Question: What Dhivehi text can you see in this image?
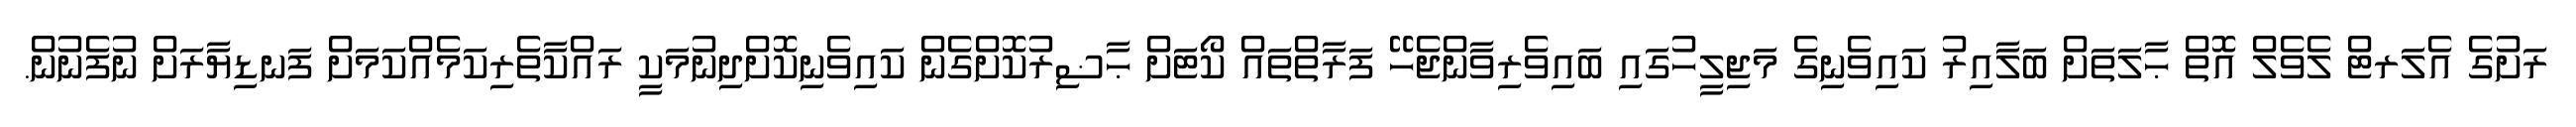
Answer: ރަށުގެ އެލަރޓް ލެވެލް އޮތް ޙާލަތަށް ބަލާއިރު ކައިވެނިގެ މަޖިލީހުގައި ބައިވެރިވާންޖެހޭ ފަރާތްތައް ކޯޓަށް ޙާޟިރުކޮށްގެން ކައިވެނިކޮށްދިނުމަކީ ރައްކާތެރިކަމެއްކަމަށް ފަނޑިޔާރަށް ނުފެނުން.